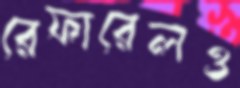
রেফারেলও